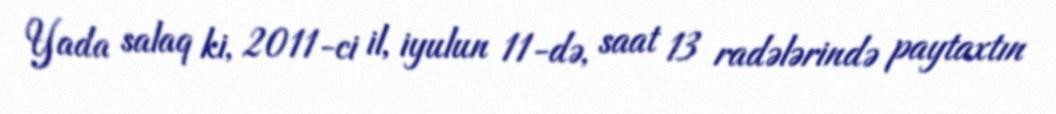
Yada salaq ki, 2011-ci il, iyulun 11-də, saat 13 radələrində paytaxtın